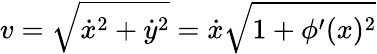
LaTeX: v=\sqrt{\dot{x}^{2}+\dot{y}^{2}}=\dot{x}\sqrt{1+\phi^{\prime}(x)^{2}}